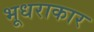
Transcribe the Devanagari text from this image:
भूधराकार